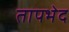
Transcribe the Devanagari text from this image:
तापभेद